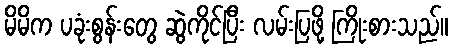
မိမိက ပခုံးစွန်းတွေ ဆွဲကိုင်ပြီး လမ်းပြဖို့ ကြိုးစားသည်။